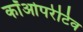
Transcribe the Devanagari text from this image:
कॉओपरेटिव